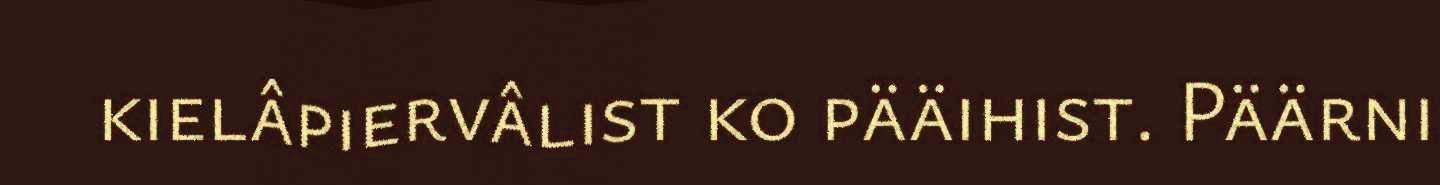
kielâpiervâlist ko pääihist. Päärni